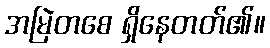
အမြဲတစေ ရှိနေတတ်၏။